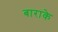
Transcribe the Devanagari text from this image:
बाराके